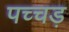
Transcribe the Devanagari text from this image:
पच्चड़